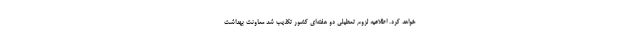
خواهد کرد. اطلاعیه لزوم تعطیلی دو هفته‌ای کشور تکذیب شد معاونت بهداشت